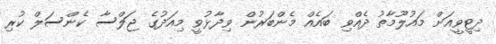
ދިޓީވީއަށް މައުލޫމާތު ދެއްވި ބައެއް މެންބަރުން ވިދާޅުވީ މިއަދުގެ ޖަލްސާ ކެންސަލް ކުރި